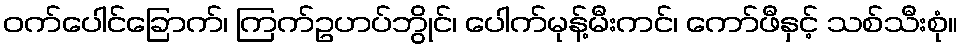
ဝက်ပေါင်ခြောက်၊ ကြက်ဥဟပ်ဘွိုင်၊ ပေါက်မုန့်မီးကင်၊ ကော်ဖီနှင့် သစ်သီးစုံ။